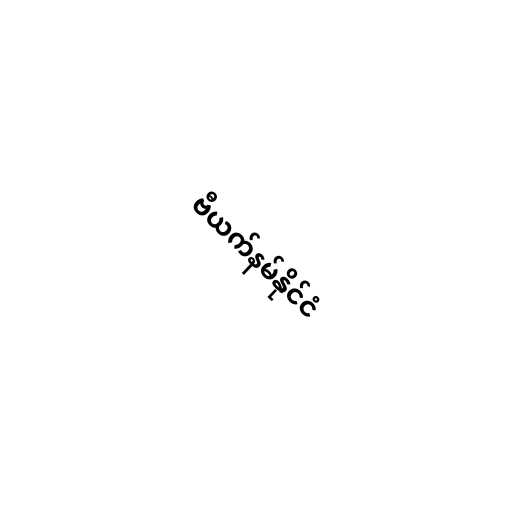
ဗီယက်နမ်နိုင်ငံ